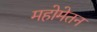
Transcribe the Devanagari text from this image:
महोमेतन